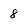
Character: 8